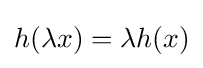
h(\lambda x)=\lambda h(x)